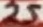
Text: 25